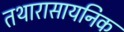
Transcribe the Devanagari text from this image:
तथारासायनिक